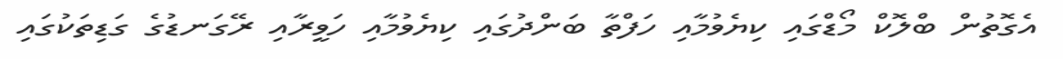
އެގޮތުން ބްލޮކް މޯޑްގައި ކިޔެވުމާއި ހަފްތާ ބަންދުގައި ކިޔެވުމާއި ހަވީރާއި ރޭގަނޑުގެ ގަޑިތަކުގައި